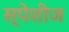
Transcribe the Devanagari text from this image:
स्पेशीज